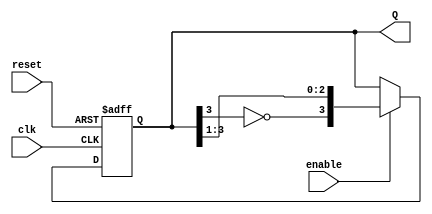
module johnson_counter #(
    parameter N = 4  // Number of flip-flops
)(
    input wire clk,       // Clock input
    input wire reset,     // Asynchronous reset input
    input wire enable,    // Enable counting
    output reg [N-1:0] Q // Output state of the counter
);

    // Internal signal for the inverted output of the last flip-flop
    wire feedback = ~Q[N-1];

    always @(posedge clk or posedge reset) begin
        if (reset) begin
            Q <= {N{1'b0}}; // Reset all flip-flops to 0
        end else if (enable) begin
            // Shift the state: feedback to the first flip-flop
            Q <= {feedback, Q[N-1:1]};
        end
    end

endmodule